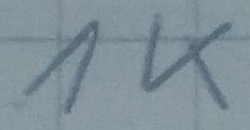
Text: 1K